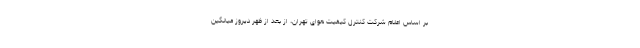
بر اساس اعلام شرکت کنترل کیفیت هوای تهران، از بعد از ظهر دیروز میانگین